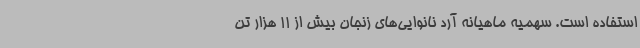
استفاده است. سهمیه ماهیانه آرد نانوایی‌های زنجان بیش از 11 هزار تن